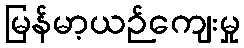
မြန်မာ့ယဉ်ကျေးမှု